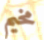
مخيم